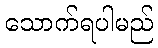
သောက်ရပါမည်